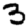
Digit: 3